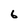
Character: 6